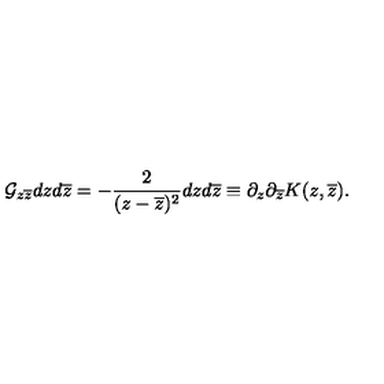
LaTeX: { \cal G } _ { z \overline { z } } d z d \overline { z } = - \frac { 2 } { ( z - \overline { z } ) ^ { 2 } } d z d \overline { z } \equiv \partial _ { z } \partial _ { \overline { z } } K ( z , \overline { z } ) .